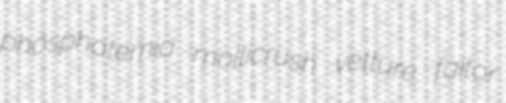
phosphatemia mollicrush vetture faitor